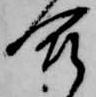
合